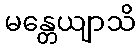
မန္တေယျာသိ